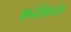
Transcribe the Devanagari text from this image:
फनेरोफ्य्तेस